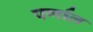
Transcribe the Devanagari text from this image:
पर्णाल